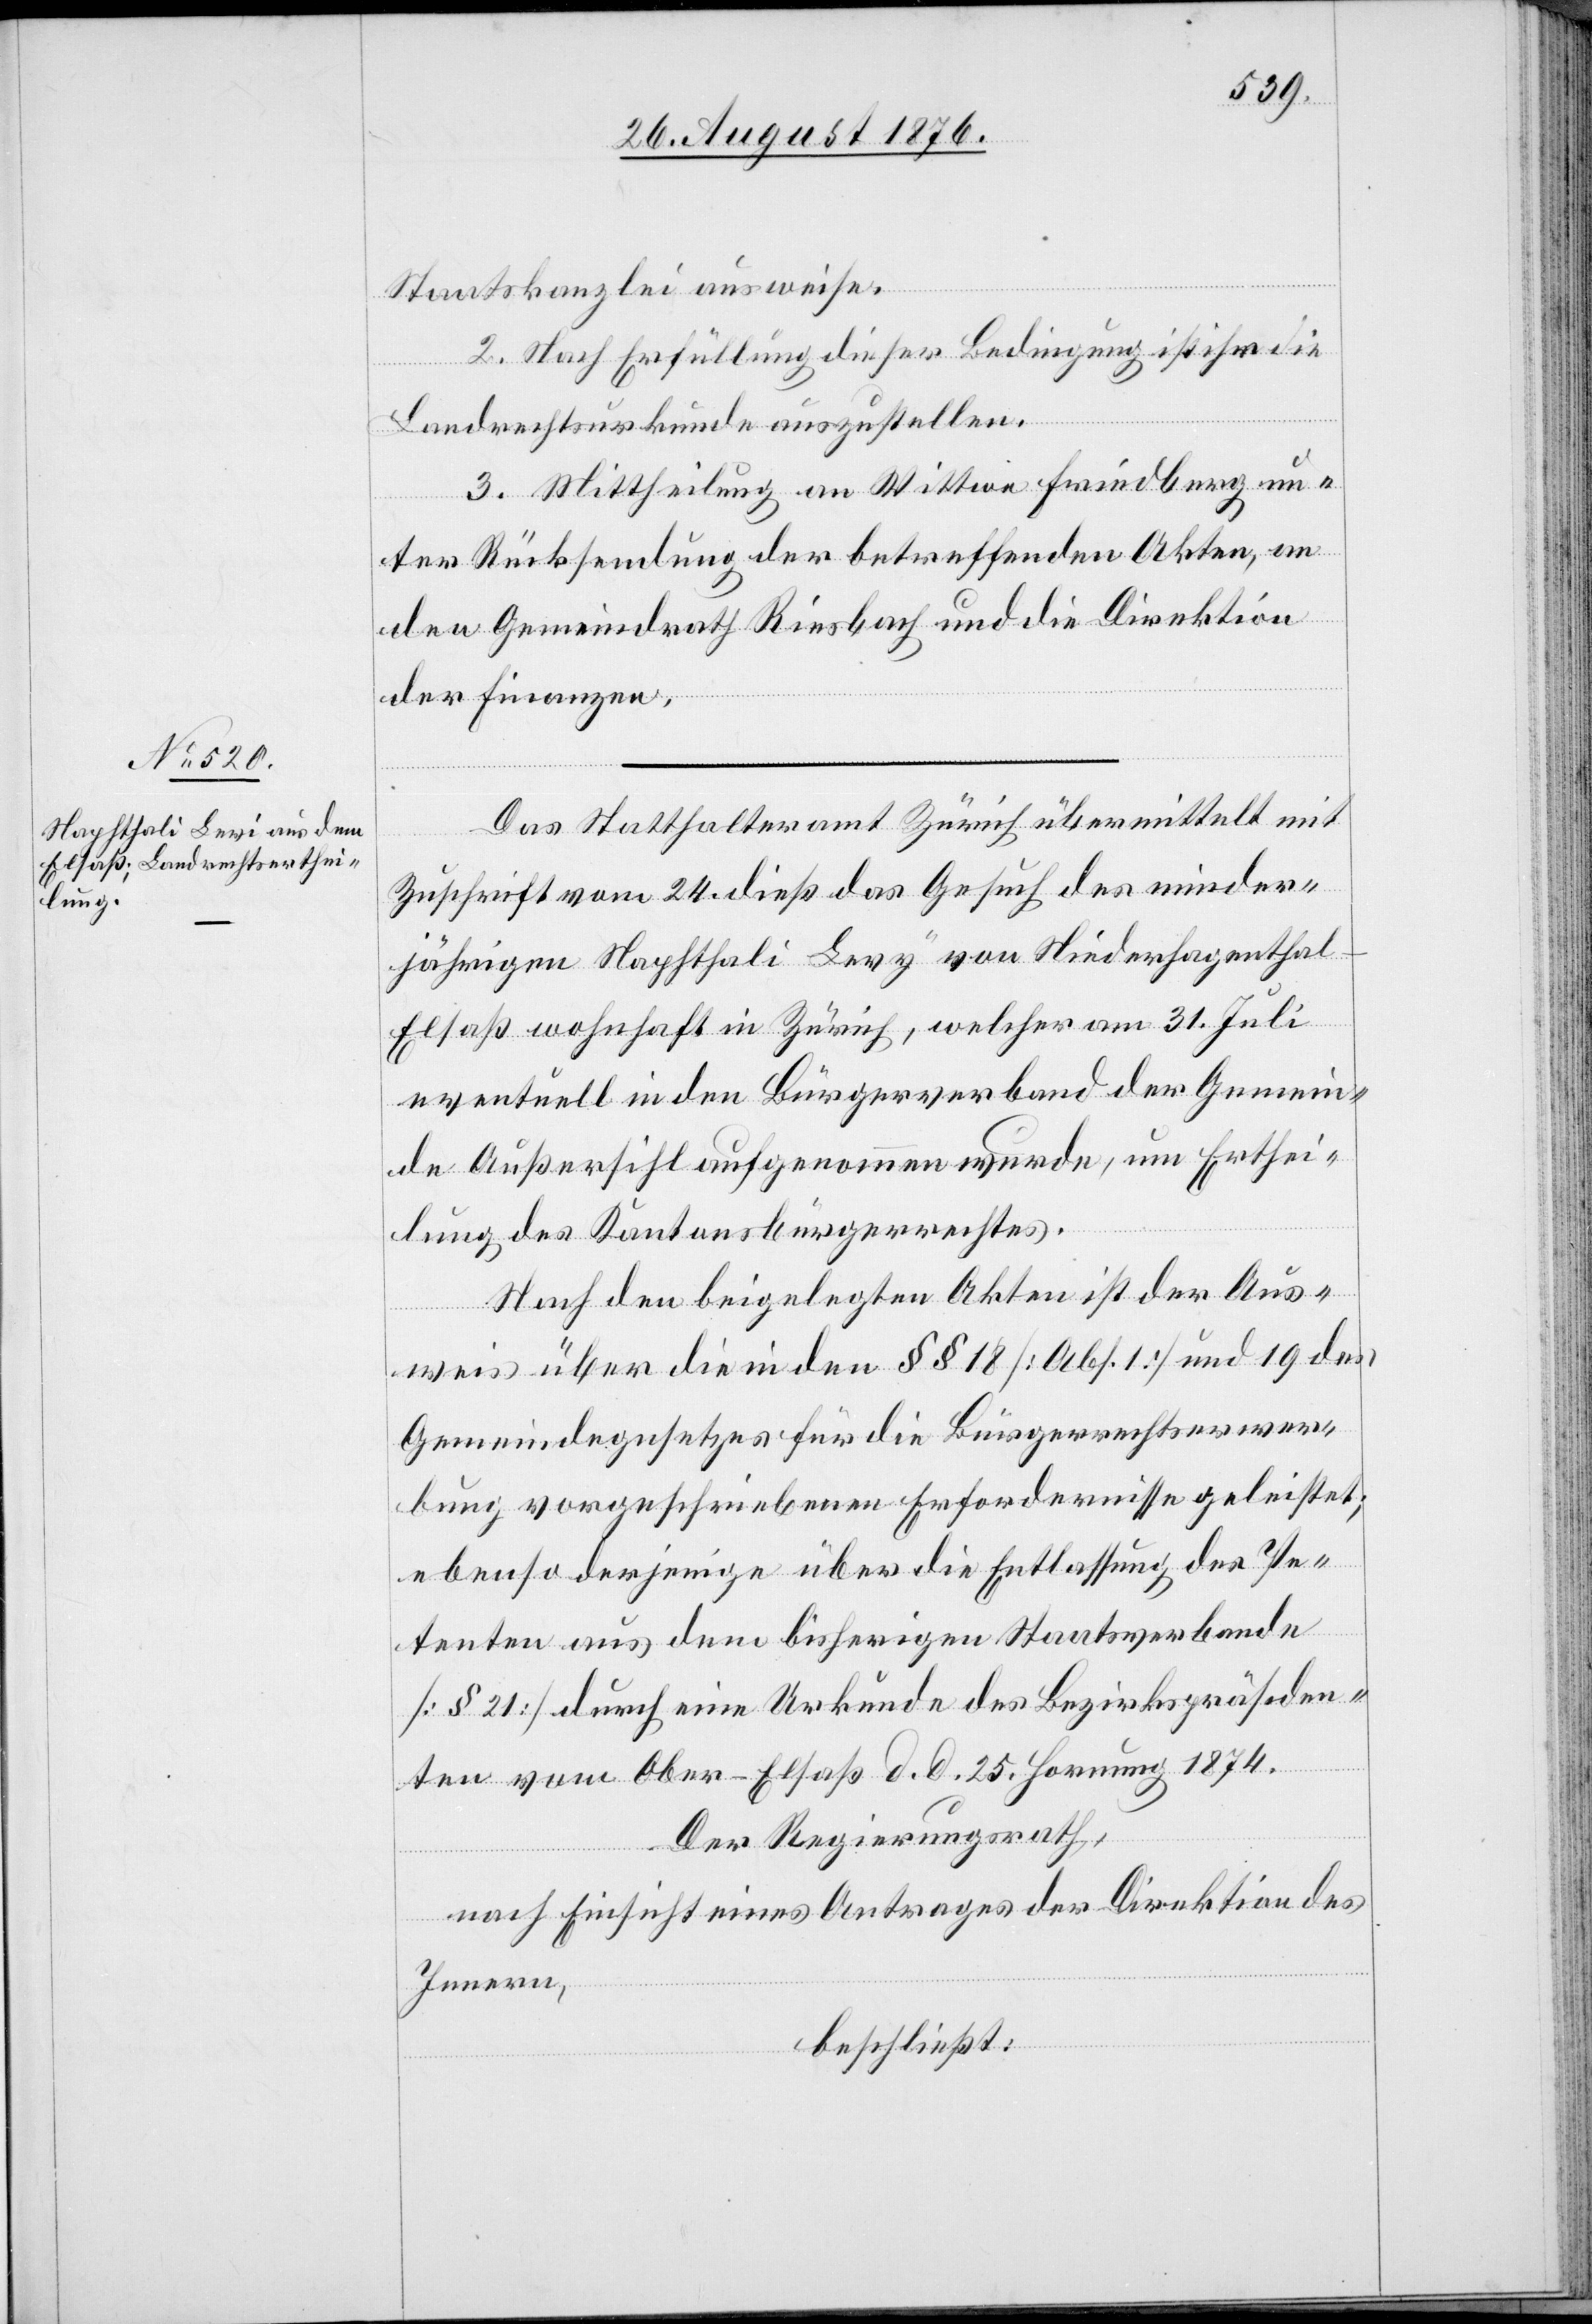
Staatskanzlei ausweise.
2. Nach Erfüllung dieser Bedingung ist ihr die
Landrechtsurkunde auszustellen.
3. Mittheilung an Wittwe Friedberg un¬
ter Rücksendung der betreffenden Akten, an
den Gemeindrath Riesbach und an die Direktion
der Finanzen.
Das Statthalteramt Zürich übermittelt mit
Zuschrift vom 24. dieß das Gesuch des minder¬
jährigen Naphthali Levy von Niederhagenthal
Elsaß wohnhaft in Zürich, welcher am 31. Juli
eventuell in den Bürgerverband der Gemein¬
de Außersihl aufgenommen wurde, um Erthei¬
lung des Kantonsbürgerrechtes.
Nach den beigelegten Akten ist der Aus¬
weis über die in den §§ 18 [Abs. 1] und 19 des
Gemeindegesetzes für die Bürgerrechtserwer¬
bung vorgeschriebenen Erfordernisse geleistet;
ebenso derjenige über die Entlassung des Pe¬
tenten aus dem bisherigen Staatsverbande
[§ 21] durch eine Urkunde des Bezirkspräsiden¬
ten vom Ober-Elsaß d. d. 25. Hornung 1874.
Der Regierungsrath,
nach Einsicht eines Antrages der Direktion des
Innern,
beschließt: